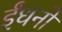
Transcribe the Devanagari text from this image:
ईंधनो